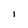
Character: l